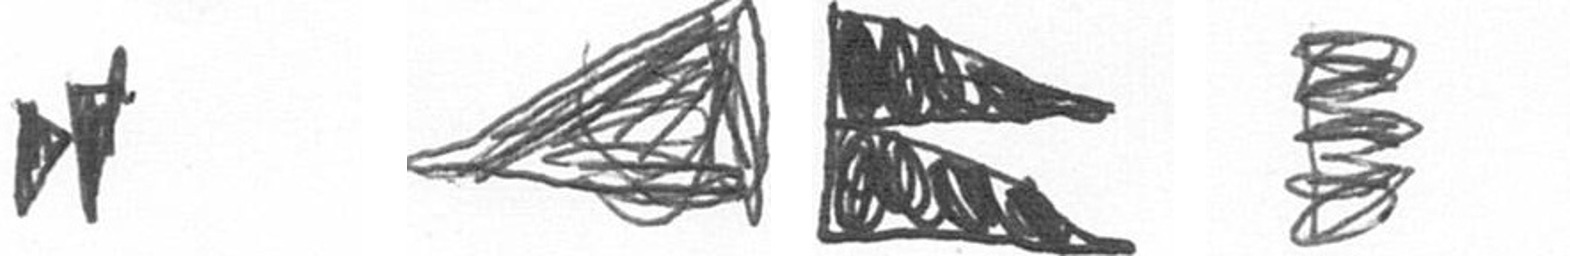
M O P H